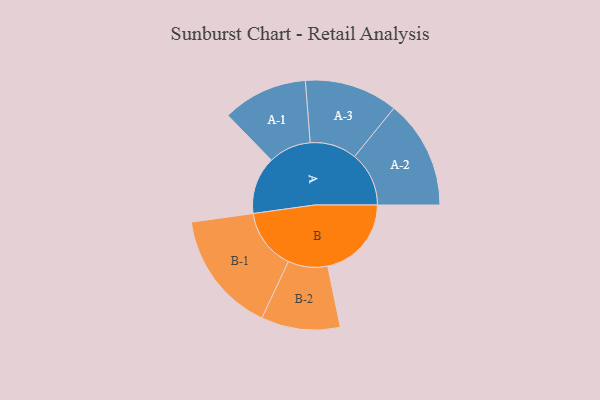
{"axis": {"x": "Segment", "y": "Value"}, "legend": ["", "A", "B"], "data": [{"x": "A", "y": 262, "type": ""}, {"x": "B", "y": 382, "type": ""}, {"x": "A-1", "y": 194, "type": "A"}, {"x": "A-2", "y": 248, "type": "A"}, {"x": "A-3", "y": 213, "type": "A"}, {"x": "B-1", "y": 278, "type": "B"}, {"x": "B-2", "y": 180, "type": "B"}]}